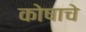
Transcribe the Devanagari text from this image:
कोषाचे